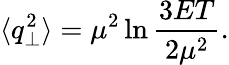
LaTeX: \langle q_{\perp}^{2}\rangle=\mu^{2}\ln\frac{3ET}{2\mu^{2}}.